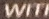
Will